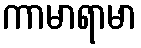
ကာမာရာမာ